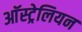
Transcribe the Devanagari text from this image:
आॅस्ट्रेलियन